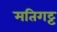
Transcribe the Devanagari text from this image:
मतिगट्ट